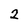
Character: 2